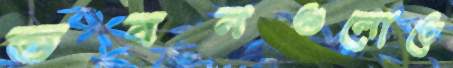
ভবনগুলোতে